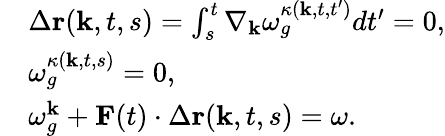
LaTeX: \begin{array}{rl}&{\Delta\textbf{r}(\textbf{k},t,s)=\int_{s}^{t}\nabla_{\textbf{k}}\omega_{g}^{\kappa(\textbf{k},t,t^{\prime})}dt^{\prime}=0,}\\ &{\omega_{g}^{\kappa(\textbf{k},t,s)}=0,}\\ &{\omega_{g}^{\textbf{k}}+\textbf{F}(t)\cdot\Delta\textbf{r}(\textbf{k},t,s)=\omega.}\end{array}